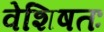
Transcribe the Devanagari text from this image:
वेशिषतः